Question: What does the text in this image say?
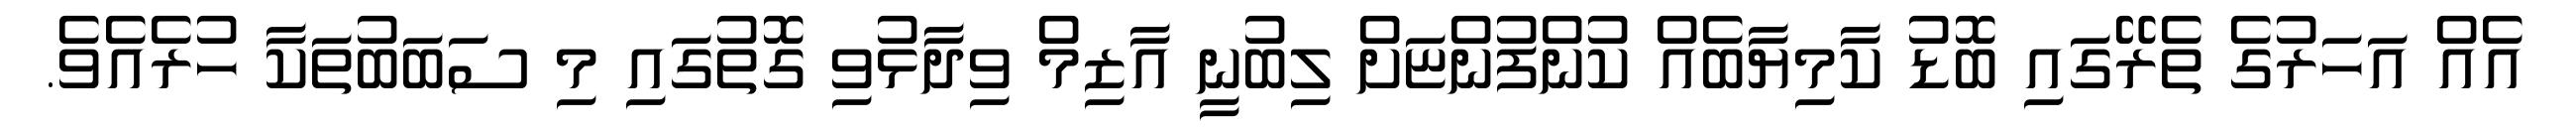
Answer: އެއް އަހަރުގެ ތެރޭގައި ބޮޑު ކާމިޔާބެއް ކުންފުންޏަށް ލިބުނީ އާޒިމް ވިދާޅުވި ގޮތުގައި މި ސަބަބުތަކާ ހުރެއެވެ.